Annual report of the Bengal Veterinary College and of the Civil Veterinary Department, Bengal, for the year 1899-1900 - 1899-1900
Year: 1899
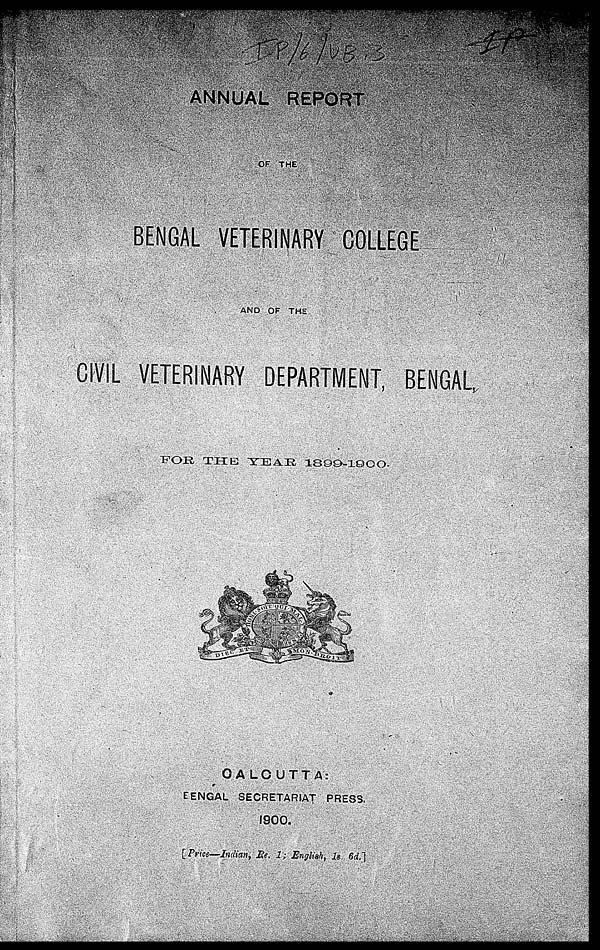
ANNUAL REPORT
OF THE
BENGAL VETERINARY COLLEGE
AND OF THE
CIVIL VETERINARY DEPARTMENT, BENGAL,
FOR
THE
YEAR
1899-1900-
CALCUTTA:
BENGAL SECRETARIAT PRESS.
1900.
[Price—Indian, Re. 1; English, 7s. 6d.]